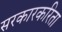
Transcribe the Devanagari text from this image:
सरकारकरिता